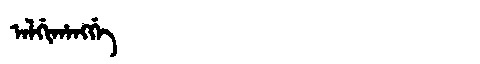
Manchu: ᠠᠯᡤᡳᡥᠠᠩᡤᡝ
Romanization: ALGIHANGGE